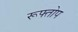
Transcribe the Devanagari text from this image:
रूफ्तोप